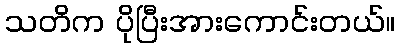
သတိက ပိုပြီးအားကောင်းတယ်။